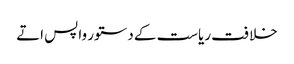
خلافت ریاست کے دستور واپس اتے